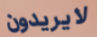
لايريدون